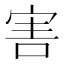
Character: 害